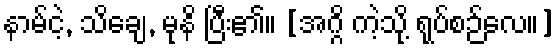
နာမ်ငဲ့, သိချေ, မုနိ ပြီး၏။ [အဂ္ဂိ ကဲ့သို့ ရုပ်စဉ်လေ။]